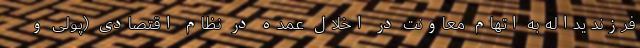
فرزند یداله به اتهام معاونت در اخلال عمده در نظام اقتصادی (پولی و